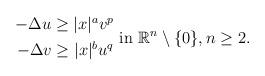
LaTeX: \begin{align*}\begin{aligned} - \Delta u\geq |x|^a v^p \\ -\Delta v\geq |x|^b u^q \end{aligned} \mbox{ in } \mathbb{R}^n\setminus\{0\}, n\geq 2.\end{align*}